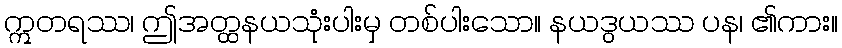
ဣတရဿ၊ ဤအတ္ထနယသုံးပါးမှ တစ်ပါးသော။ နယဒွယဿ ပန၊ ၏ကား။